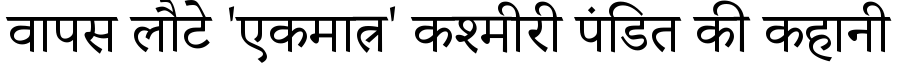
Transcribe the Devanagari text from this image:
वापस लौटे 'एकमात्र' कश्मीरी पंडित की कहानी